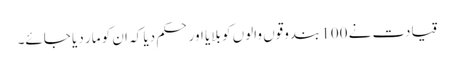
قیادت نے 100 بندوقوں والوں کو بلایا اور حکم دیا کہ ان کو مار دیا جائے۔